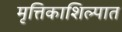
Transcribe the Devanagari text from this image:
मृत्तिकाशिल्पात